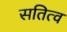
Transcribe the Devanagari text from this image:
सतित्व